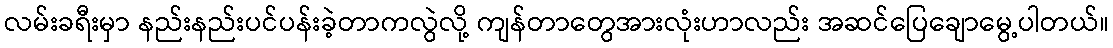
လမ်းခရီးမှာ နည်းနည်းပင်ပန်းခဲ့တာကလွဲလို့ ကျန်တာတွေအားလုံးဟာလည်း အဆင်ပြေချောမွေ့ပါတယ်။